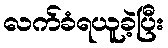
လက်ခံရယူခဲ့ပြီး